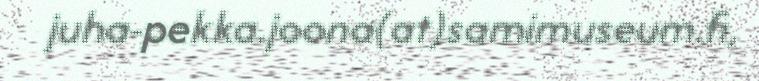
juha-pekka.joona(at)samimuseum.fi,